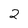
Character: 2